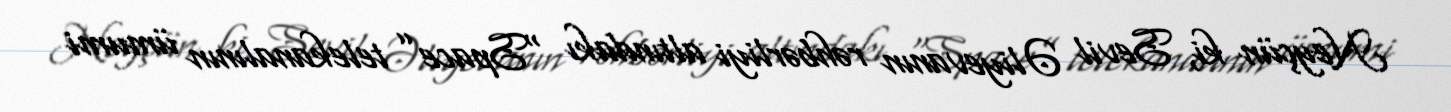
Neyçün ki, Sevil Əliyevanın rəhbərliyi altındakı “Space” telekanalının ümumi